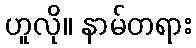
ဟူလို။ နာမ်တရား